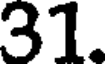
31.